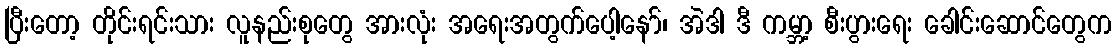
ပြီးတော့ တိုင်းရင်းသား လူနည်းစုတွေ အားလုံး အရေးအတွက်ပေါ့နော်၊ အဲဒါ ဒီ ကမ္ဘာ့ စီးပွားရေး ခေါင်းဆောင်တွေက